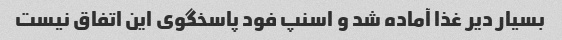
بسیار دیر غذا آماده شد و اسنپ فود پاسخگوی این اتفاق نیست